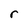
Character: r